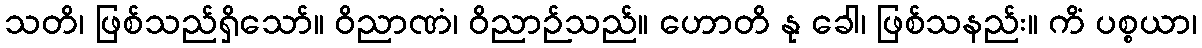
သတိ၊ ဖြစ်သည်ရှိသော်။ ဝိညာဏံ၊ ဝိညာဉ်သည်။ ဟောတိ နု ခေါ၊ ဖြစ်သနည်း။ ကိံ ပစ္စယာ၊